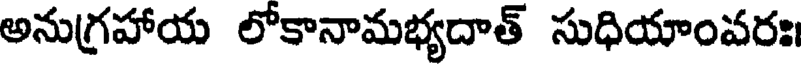
అనుగ్రహాయ లోకానామభ్యదాత్ సుధియాంవరః।